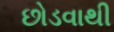
છોડવાથી